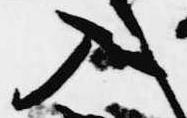
入